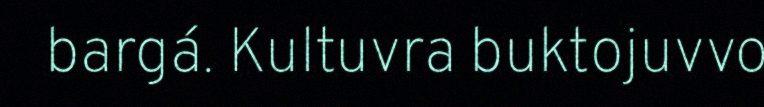
bargá. Kultuvra buktojuvvo